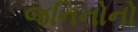
જનિનોનો